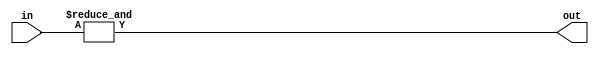
`timescale 1ns/10ps

module and_gate_condense(in,out);

    //Condenses a long input into single output bit with bitwise AND

    parameter n = 32;

    input [n-1:0]in;
    output out;

    assign out = &in;

endmodule

module or_gate_condense(in,out);

    //Condenses a long input into single output bit with bitwise AND

    parameter n = 32;

    input [n-1:0]in;
    output out;

    assign out = |in;

endmodule